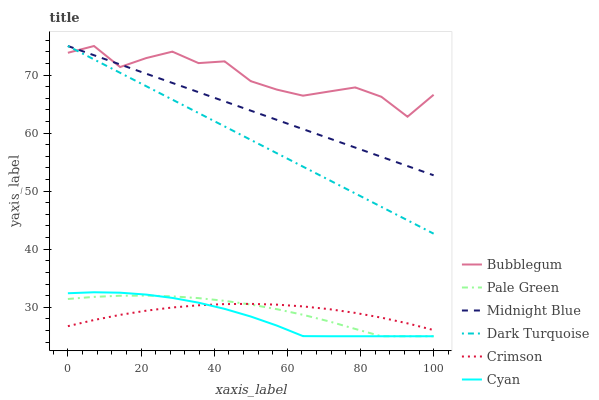
| xaxis_label | Bubblegum | Pale Green | Midnight Blue | Dark Turquoise | Crimson | Cyan |
 | --- | --- | --- | --- | --- | --- | --- |
 | 0 | 73.8 | 31.4 | 75 | 75 | 26.7 | 32.4 |
 | 7.14 | 75 | 31.8 | 73.4 | 72.7 | 27.8 | 32.6 |
 | 14.3 | 71.4 | 32 | 71.8 | 70.4 | 28.7 | 32.5 |
 | 21.4 | 72.9 | 32 | 70.2 | 68.1 | 29.4 | 32.2 |
 | 28.6 | 74 | 31.9 | 68.6 | 65.8 | 30 | 31.6 |
 | 35.7 | 72.1 | 31.6 | 67 | 63.5 | 30.3 | 30.8 |
 | 42.9 | 72.4 | 31.1 | 65.5 | 61.1 | 30.5 | 29.7 |
 | 50 | 68.9 | 30.5 | 63.9 | 58.8 | 30.6 | 28.4 |
 | 57.1 | 67.5 | 29.7 | 62.3 | 56.5 | 30.4 | 26.8 |
 | 64.3 | 66.4 | 28.7 | 60.7 | 54.2 | 30.1 | 25 |
 | 71.4 | 67.2 | 27.6 | 59.1 | 51.9 | 29.7 | 25 |
 | 78.6 | 67.9 | 26.3 | 57.5 | 49.6 | 29 | 25 |
 | 85.7 | 66.3 | 25 | 55.9 | 47.3 | 28.2 | 25 |
 | 92.9 | 62.8 | 25 | 54.3 | 45 | 27.2 | 25 |
 | 100 | 66.6 | 25 | 52.7 | 42.7 | 26.1 | 25 |